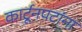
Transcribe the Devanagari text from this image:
कार्टूनपटांना